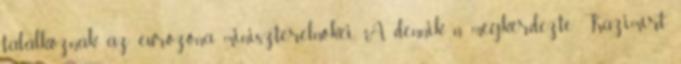
találkoznak az eurózóna miniszterelnökei. A dennik n megkérdezte Kažimírt